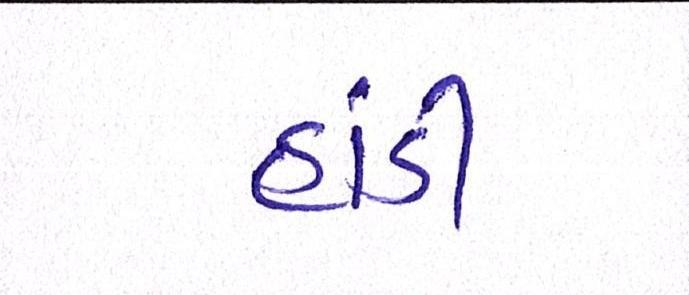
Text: હાંડી